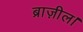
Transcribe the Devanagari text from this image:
ब्राज़ील।